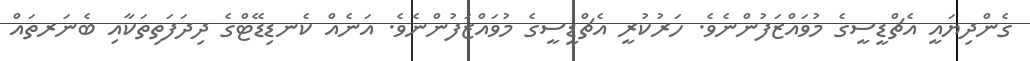
ގެންދިޔައީ އެޗްޑީސީގެ މުވައްޒަފުންނެވެ. ހަރުކުރީ އެޗްޑީސީގެ މުވައްޒަފުންނެވެ. އަނެއް ކެނޑިޑޭޓްގެ ދިދަފަތިތަކާއި ބެނަރތައް